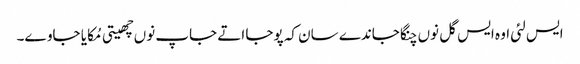
ایس لئی اوہ ایس گل نوں چنگا جاندے سان کہ پوجا اتے جاپ نوں چھیتی مُکایا جاوے۔